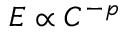
E \propto C ^ { - p }